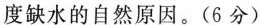
度缺水的自然原因。(6分)